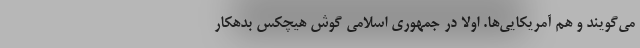
می‌گویند و هم آمریکایی‌ها. اولا در جمهوری اسلامی گوش هیچکس بدهکار